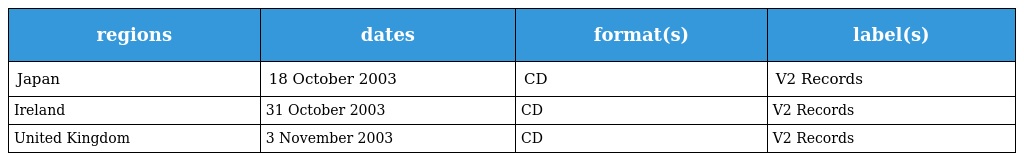
| regions | dates | format(s) | label(s) |
 | --- | --- | --- | --- |
 | Japan | 18 October 2003 | CD | V2 Records |
 | Ireland | 31 October 2003 | CD | V2 Records |
 | United Kingdom | 3 November 2003 | CD | V2 Records |